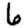
Digit: 6